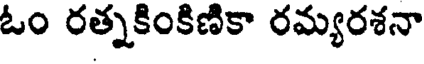
ఓం రత్నకింకిణికా రమ్యరశనా